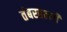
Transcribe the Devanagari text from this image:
तंबरहल्ली